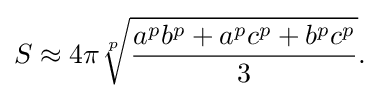
S\approx 4\pi {\sqrt[{p}]{\frac {a^{p}b^{p}+a^{p}c^{p}+b^{p}c^{p}}{3}}}.\,\!